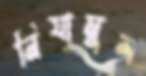
নিযামুল